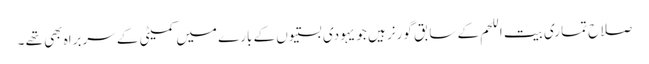
صلاح تماری بیت اللحم کے سابق گورنر ہیں جو یہودی بستیوں کے بارے میں کمیٹی کے سربراہ بھی تھے ۔